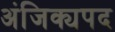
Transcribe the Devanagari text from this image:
अंजिक्यपद